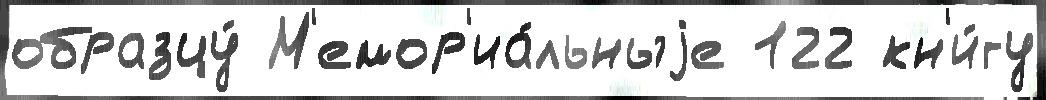
образцу́ М'емор'иа́льныjе 122 кн'и́гу